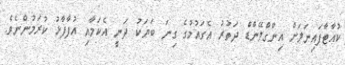
ކުއާޓާފައިނަލަށް އިންގްލޭންޑް ދަތުރު އެގައުމުގެ ގިނަ ބަޔަކު ދަނީ އެކަމާއި އުފާފާޅު ކުރަމުންނެވެ.